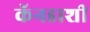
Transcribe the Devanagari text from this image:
कॅनडाशी